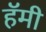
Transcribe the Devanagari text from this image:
हॅमी